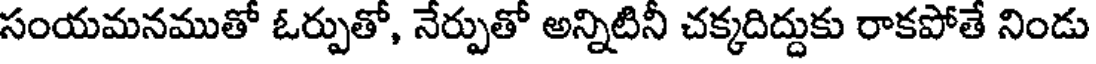
సంయమనముతో ఓర్పుతో, నేర్పుతో అన్నిటినీ చక్కదిద్దుకు రాకపోతే నిండు